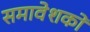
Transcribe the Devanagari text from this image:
समावेशकों